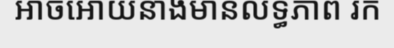
អាចអោយនាងមានលទ្ធភាព រក